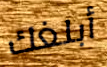
أبلغك